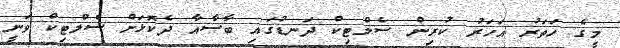
މީގެ ހަތަރު އަހަރު ކުރިން ސެލްޓިކް ދަނޑުގައި ބާސާއާ ދެކޮޅަށް ސެލްޓިކް ވަނީ